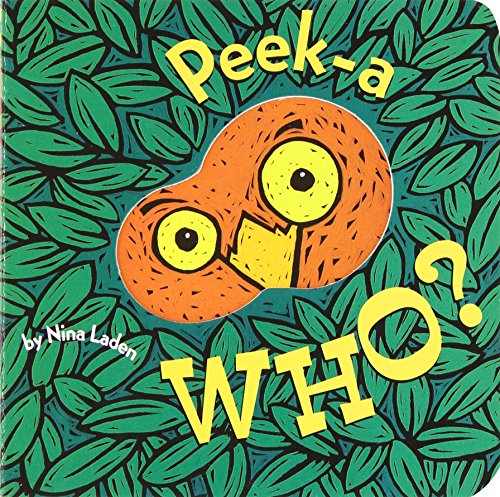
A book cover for Peek-A Who?; Nina Laden; Children's Books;